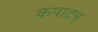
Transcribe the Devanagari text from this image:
कपाटम्